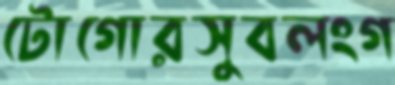
টোগোরসুবলংগ